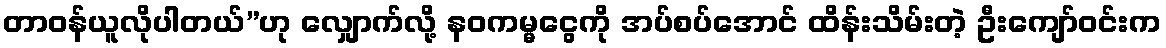
တာဝန်ယူလိုပါတယ်”ဟု လျှောက်လို့ နဝကမ္မငွေကို အပ်စပ်အောင် ထိန်းသိမ်းတဲ့ ဦးကျော်ဝင်းက